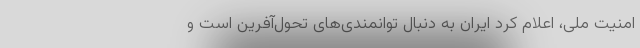
امنیت ملی، اعلام کرد ایران به دنبال توانمندی‌های تحول‌آفرین است و